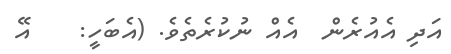
އަދި އެއުރެން  އެއް ނުކުރެތެވެ. (އެބަހީ:    އޭ